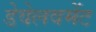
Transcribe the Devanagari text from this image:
डेवेलवमेंट